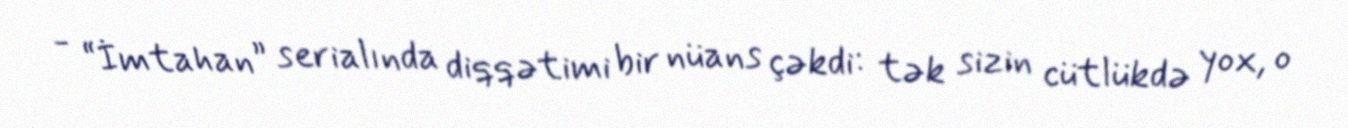
- “İmtahan” serialında diqqətimi bir nüans çəkdi: tək sizin cütlükdə yox, o